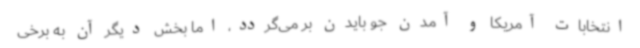
انتخابات آمریکا و آمدن جو بایدن بر می‌گردد، اما بخش دیگر آن به برخی